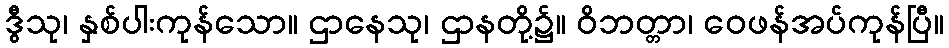
ဒွီသု၊ နှစ်ပါးကုန်သော။ ဌာနေသု၊ ဌာနတို့၌။ ဝိဘတ္တာ၊ ဝေဖန်အပ်ကုန်ပြီ။